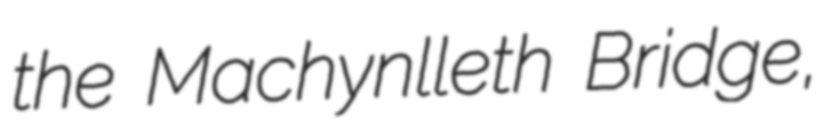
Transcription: the Machynlleth Bridge,